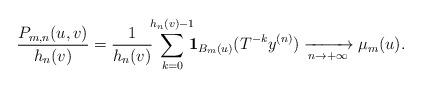
LaTeX: \begin{align*}\frac{P_{m,n}(u,v)}{h_n(v)}=\frac{1}{h_n(v)}\!\!\sum_{k=0}^{h_n(v)-1}\!\!\!{\bf 1}_{B_m(u)}(T^{-k}y^{(n)})\xrightarrow[n\to+\infty]{} \mu_m(u).\end{align*}